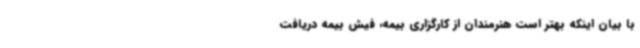
با بیان اینکه بهتر است هنرمندان از کارگزاری بیمه، فیش بیمه دریافت